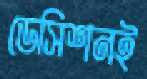
ডেসিশনই